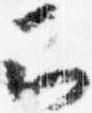
云